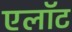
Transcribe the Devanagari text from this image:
एलॉट